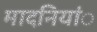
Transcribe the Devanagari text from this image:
मादनियांे